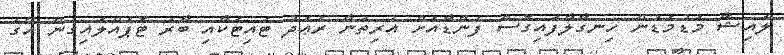
ލައިޝާ މަޑުމަޑުން ހިނގާލާފައިގޮސް ފެންޑާއަށް އެރިތަނާ ރަޢަދު ޓައިޓަކާއި ބާރު ޓޮޕެއްލައިގެން އޭގެ